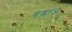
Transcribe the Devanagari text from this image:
बज्लाज़